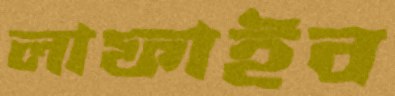
লাফাইব